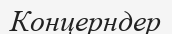
Концерндер